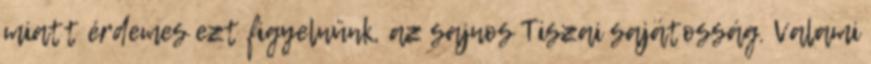
miatt érdemes ezt figyelnünk, az sajnos Tiszai sajátosság. Valami